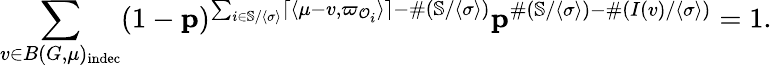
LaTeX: \sum_{v\in B(G,\mu)_{\mathrm{indec}}}(1-\mathbf{p})^{\sum_{i\in\mathbb{S}/\langle\sigma\rangle}\lceil\langle\mu-v,\varpi_{{\mathcal{O}}_{i}}\rangle\rceil-\# (\mathbb{S}/\langle\sigma\rangle)}\mathbf{p}^{\# (\mathbb{S}/\langle\sigma\rangle)-\# (I(v)/\langle\sigma\rangle)}=1.